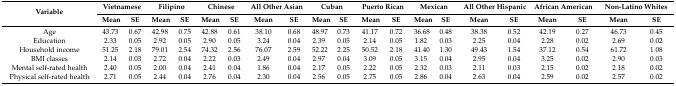
<table><thead><tr><td rowspan="2"><b>Variable</b></td><td colspan="2"><b>Vietnamese</b></td><td colspan="2"><b>Filipino</b></td><td colspan="2"><b>Chinese</b></td><td colspan="2"><b>All Other Asian</b></td><td colspan="2"><b>Cuban</b></td><td colspan="2"><b>Puerto Rican</b></td><td colspan="2"><b>Mexican</b></td><td colspan="2"><b>All Other Hispanic</b></td><td colspan="2"><b>African American</b></td><td colspan="2"><b>Non-Latino Whites</b></td></tr><tr><td><b>Mean</b></td><td><b>SE</b></td><td><b>Mean</b></td><td><b>SE</b></td><td><b>Mean</b></td><td><b>SE</b></td><td><b>Mean</b></td><td><b>SE</b></td><td><b>Mean</b></td><td><b>SE</b></td><td><b>Mean</b></td><td><b>SE</b></td><td><b>Mean</b></td><td><b>SE</b></td><td><b>Mean</b></td><td><b>SE</b></td><td><b>Mean</b></td><td><b>SE</b></td><td><b>Mean</b></td><td><b>SE</b></td></tr></thead><tbody><tr><td>Age</td><td>43.73</td><td>0.67</td><td>42.98</td><td>0.75</td><td>42.88</td><td>0.61</td><td>38.10</td><td>0.68</td><td>48.97</td><td>0.73</td><td>41.17</td><td>0.72</td><td>36.68</td><td>0.48</td><td>38.38</td><td>0.52</td><td>42.19</td><td>0.27</td><td>46.73</td><td>0.45</td></tr><tr><td>Education</td><td>2.33</td><td>0.05</td><td>2.92</td><td>0.05</td><td>2.90</td><td>0.05</td><td>3.24</td><td>0.04</td><td>2.39</td><td>0.05</td><td>2.14</td><td>0.05</td><td>1.82</td><td>0.03</td><td>2.25</td><td>0.04</td><td>2.28</td><td>0.02</td><td>2.69</td><td>0.02</td></tr><tr><td>Household income</td><td>51.25</td><td>2.18</td><td>79.01</td><td>2.54</td><td>74.32</td><td>2.56</td><td>76.07</td><td>2.59</td><td>52.22</td><td>2.25</td><td>50.52</td><td>2.18</td><td>41.40</td><td>1.30</td><td>49.43</td><td>1.54</td><td>37.12</td><td>0.54</td><td>61.72</td><td>1.08</td></tr><tr><td>BMI classes</td><td>2.14</td><td>0.03</td><td>2.72</td><td>0.04</td><td>2.22</td><td>0.03</td><td>2.49</td><td>0.04</td><td>2.97</td><td>0.04</td><td>3.09</td><td>0.05</td><td>3.15</td><td>0.04</td><td>2.95</td><td>0.04</td><td>3.25</td><td>0.02</td><td>2.90</td><td>0.03</td></tr><tr><td>Mental self-rated health</td><td>2.40</td><td>0.05</td><td>2.00</td><td>0.04</td><td>2.41</td><td>0.04</td><td>1.86</td><td>0.04</td><td>2.17</td><td>0.05</td><td>2.22</td><td>0.05</td><td>2.32</td><td>0.03</td><td>2.11</td><td>0.03</td><td>2.15</td><td>0.02</td><td>2.18</td><td>0.02</td></tr><tr><td>Physical self-rated health</td><td>2.71</td><td>0.05</td><td>2.44</td><td>0.04</td><td>2.76</td><td>0.04</td><td>2.30</td><td>0.04</td><td>2.56</td><td>0.05</td><td>2.75</td><td>0.05</td><td>2.86</td><td>0.04</td><td>2.63</td><td>0.04</td><td>2.59</td><td>0.02</td><td>2.57</td><td>0.02</td></tr></tbody></table>